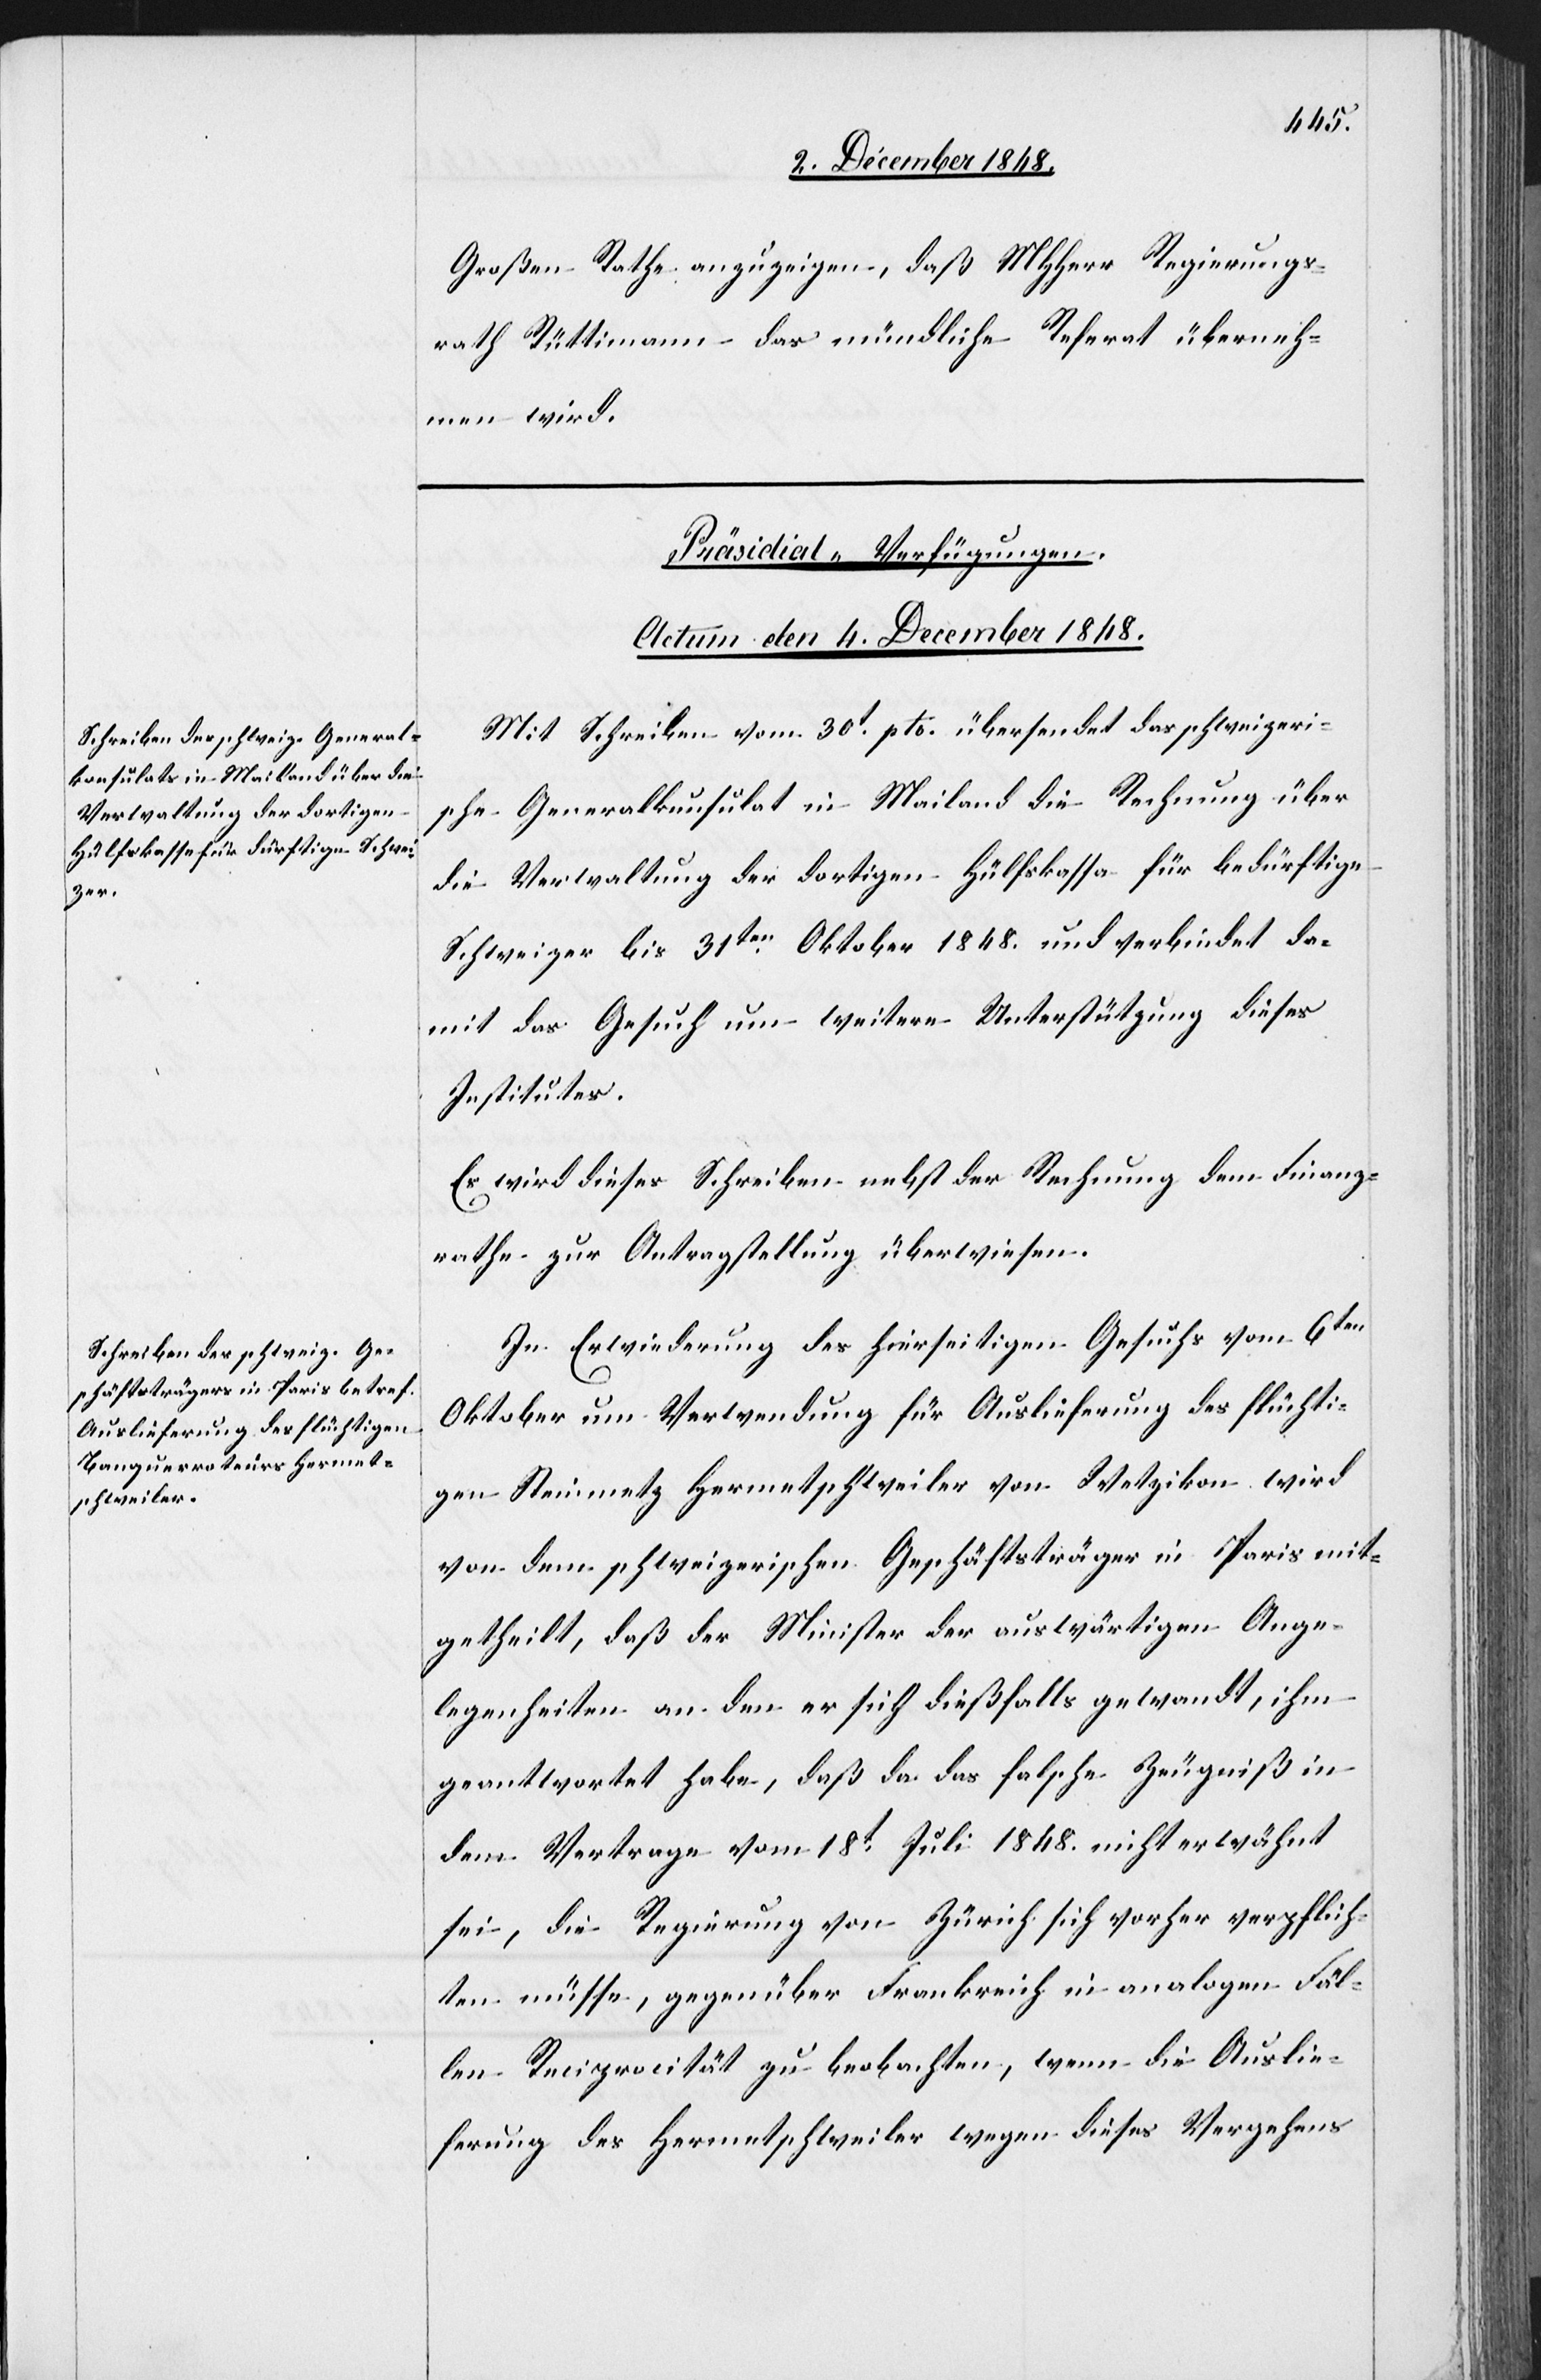
Großen Rathe anzuzeigen, daß MHHerr Regierungs¬
rath Rüttimann das mündliche Referat überneh¬
men wird.
[Präsidial-Verfügungen.
Actum den 4. December 1848.]
Mit Schreiben vom 30t pto. übersendet das schweizeri¬
sche Generalkunsulat in Mailand die Rechnung über
die Verwaltung der dortigen Hülfskassa für bedürftige
Schweizer bis 31ten Oktober 1848. und verbindet da¬
mit das Gesuch um weitere Unterstützung dieses
Institutes.
Es wird dieses Schreiben nebst der Rechnung dem Finanz¬
rathe zur Antragstellung überwiesen.
In Erwiederung des hierseitigen Gesuchs vom 6ten
Oktober um Verwendung für Auslieferung des flüchti¬
gen Steinmetz Hermetschweiler von Wetzikon wird
von dem schweizerischen Geschäftsträger in Paris mit¬
getheilt, daß der Minister der auswärtigen Ange¬
legenheiten an den er sich dießfalls gewandt, ihm
geantwortet habe, daß da das falsche Zeugniß in
dem Vertrage vom 18t Juli 1848. nicht erwähnt
sei, die Regierung von Zürich sich vorher verpflich¬
ten müsse, gegenüber Frankreich in analogen Fäl¬
len Reciprocität zu beobachten, wenn die Auslie¬
ferung des Hermetschweiler wegen dieses Vergehens